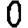
Digit: 0